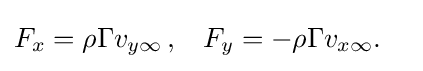
{\begin{aligned}F_{x}&=\rho \Gamma v_{y\infty }\,,&F_{y}&=-\rho \Gamma v_{x\infty }.\end{aligned}}